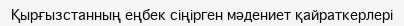
Қырғызстанның еңбек сіңірген мәдениет қайраткерлері